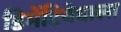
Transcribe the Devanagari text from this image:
डिमेंटियेवाला